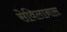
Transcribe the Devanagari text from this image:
सेविलानास